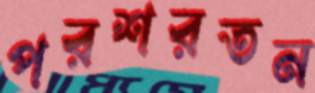
পরশরতন